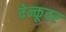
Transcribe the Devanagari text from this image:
वेन्कूवर